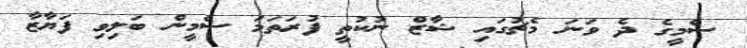
ސެމީގެ ދެ ވަނަ މެޗުގައި ޝާޒް ނުކުތީ ފުރަތަމަ ސެމީން ބަލިވި ފަޔާޒާ